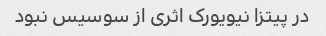
در پیتزا نیویورک اثری از سوسیس نبود